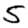
Digit: 5